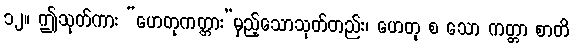
၁၂။ ဤသုတ်ကား “ဟေတုကတ္တား”မှည့်သောသုတ်တည်း၊ ဟေတု စ သော ကတ္တာ စာတိ